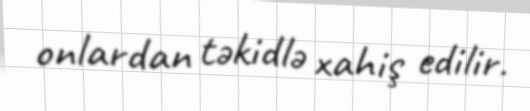
onlardan təkidlə xahiş edilir.